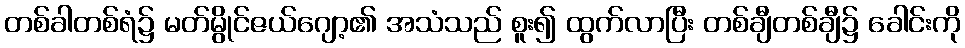
တစ်ခါတစ်ရံ၌ မတ်မွိုင်ဇယ်ဂျော့၏ အသံသည် စူး၍ ထွက်လာပြီး တစ်ချီတစ်ချီ၌ ခေါင်းကို